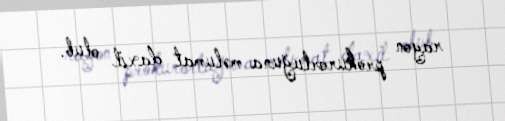
rayon prokurorluğuna məlumat daxil olub.